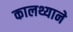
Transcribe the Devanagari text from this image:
कालथ्याने